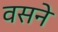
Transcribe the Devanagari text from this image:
वसने